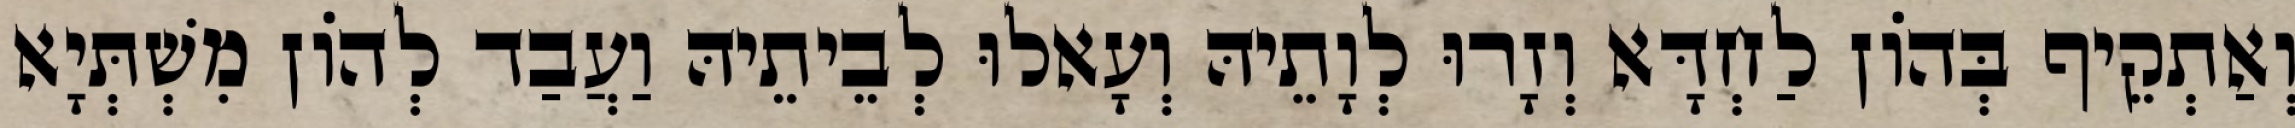
וְאַתְקֵיף בְּהוֹן לַחְדָּא וְזָרוּ לְוָתֵיהּ וְעָאלוּ לְבֵיתֵיהּ וַעֲבַד לְהוֹן מִשְׁתְּיָא